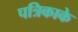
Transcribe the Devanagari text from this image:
पत्रिकाके